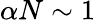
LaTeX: \alpha N\sim 1